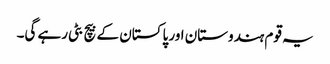
یہ قوم ہندوستان اور پاکستان کے بیچ بٹی رہے گی۔